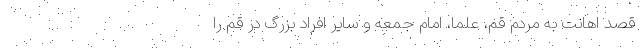
قصد اهانت به مردم قم، علما، امام جمعه و سایر افراد بزرگ در قم را